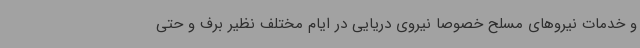
و خدمات نیروهای مسلح خصوصا نیروی دریایی در ایام مختلف نظیر برف و حتی